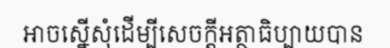
អាចស្នើសុំដើម្បីសេចក្តីអត្ថាធិប្បាយបាន